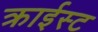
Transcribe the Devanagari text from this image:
क्राईस्ट